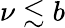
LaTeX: \nu\lesssim b